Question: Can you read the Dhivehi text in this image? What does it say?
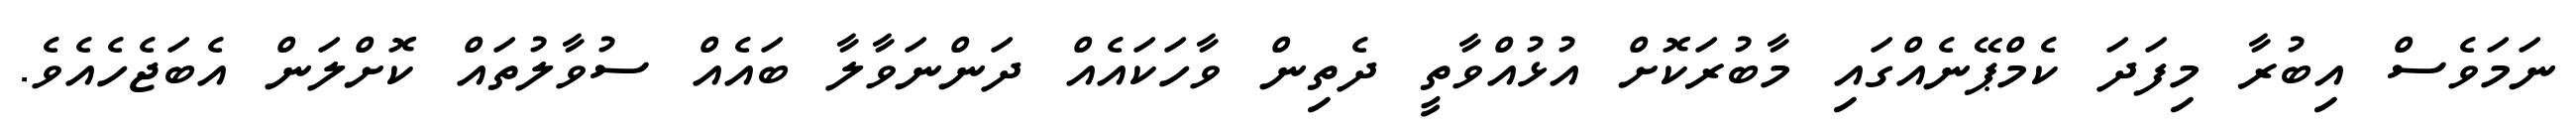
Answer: ނަމަވެސް އިބުރާ މިފަދަ ކެމްޕޭނެއްގައި މާބުރަކޮށް އުޅުއްވާތީ ދެތިން ވާހަކައެއް ދަންނަވާލާ ބައެއް ސުވާލުތައް ކޮށްލަން އެބަޖެހެއެވެ.